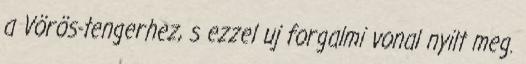
a Vörös-tengerhez, s ezzel uj forgalmi vonal nyilt meg.